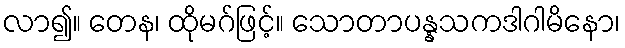
လာ၍။ တေန၊ ထိုမဂ်ဖြင့်။ သောတာပန္နသကဒါဂါမိနော၊